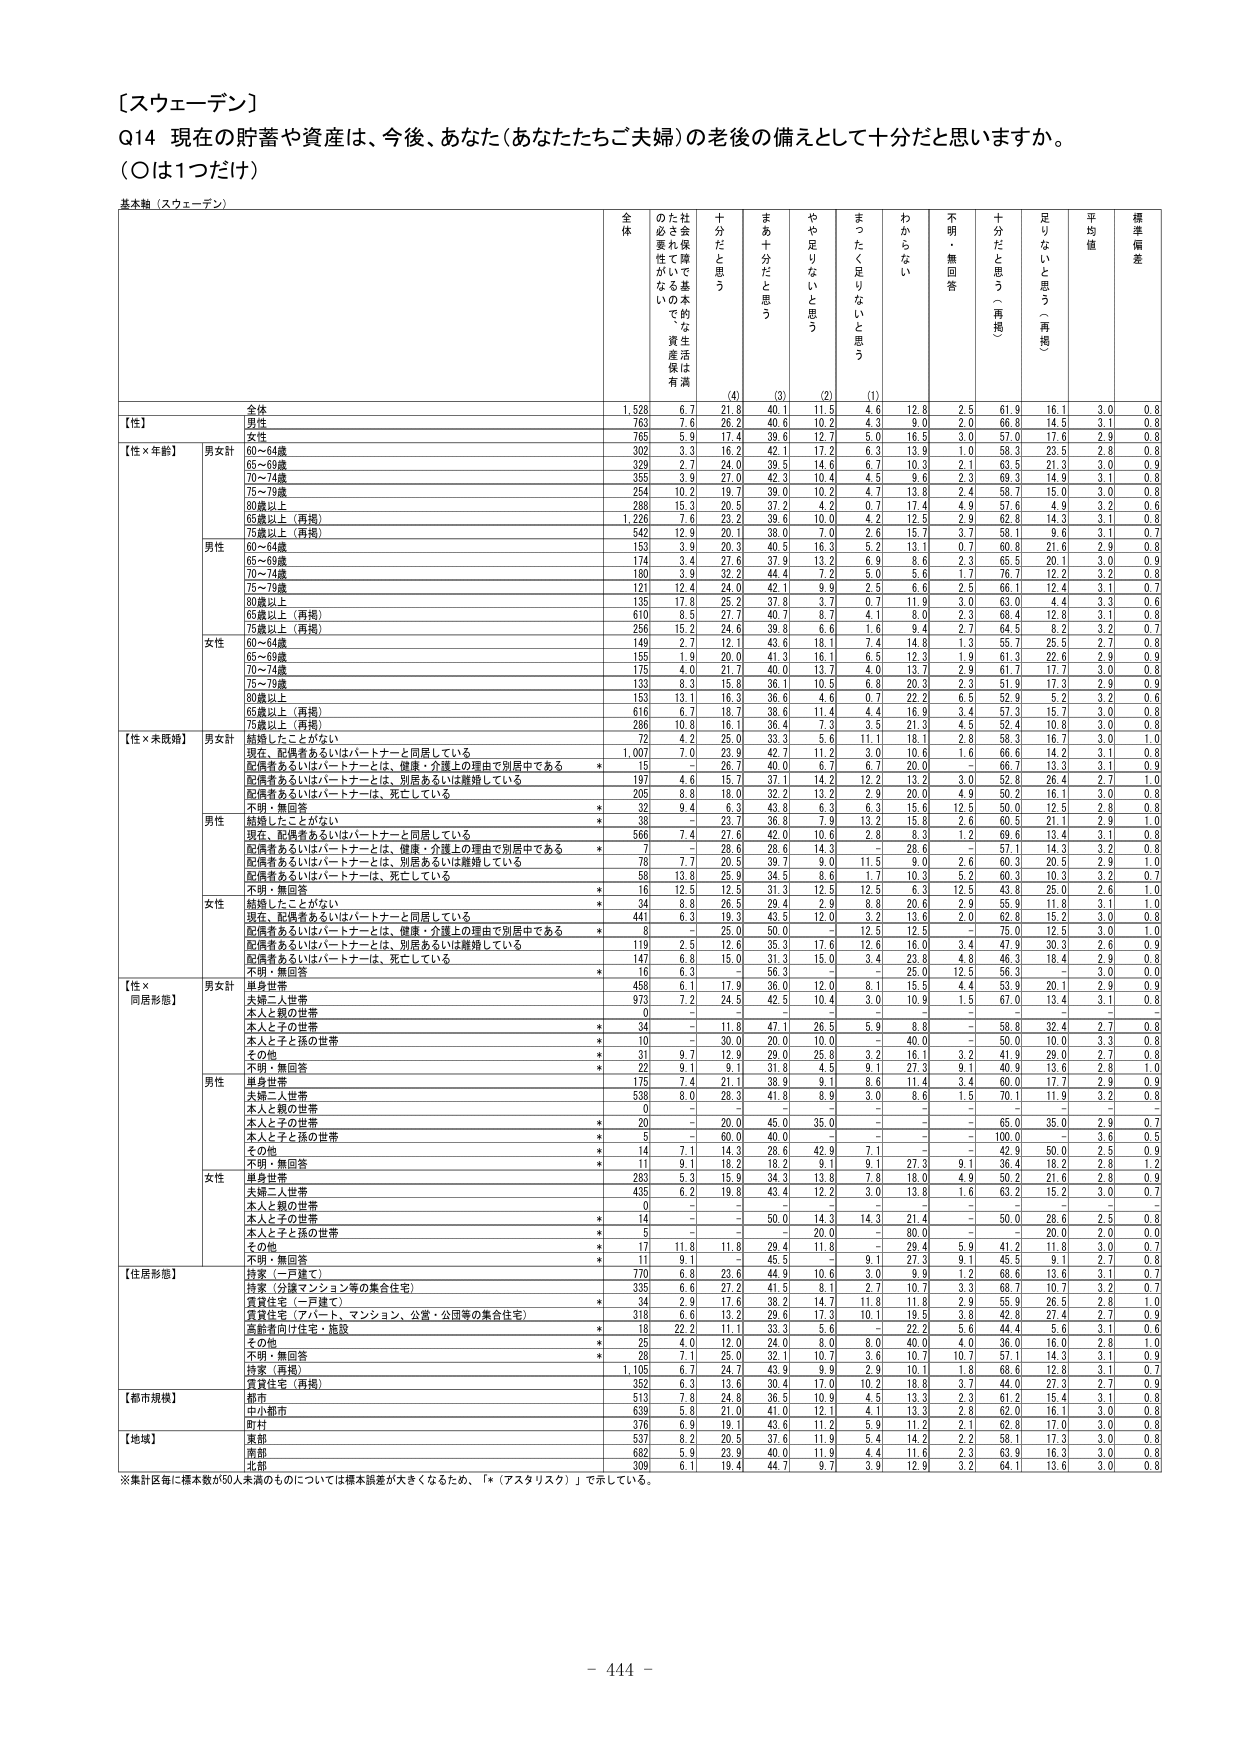
〔スウェーデン〕
Q14 現在の貯蓄や資産は、今後、あなた（あなたたちご夫婦）の老後の備えとして十分だと思いますか。
（○は1つだけ）

基本軸（スウェーデン）

全体
の社会保障で基本的な生活は満たされているため、貯蓄や資産の必要性がない
十分だと思う
まあ十分だと思う
やや足りないと思う
まったく足りないと思う
わからない
不明・無回答
十分だと思う（再掲）
足りないと思う（再掲）
平均値
標準偏差

【性】
全体
1,528
6.7
21.8
40.1
11.5
4.6
12.8
2.5
61.9
16.1
3.0
0.8
男性
763
7.6
26.2
40.6
10.2
4.3
9.0
2.0
66.8
14.5
3.1
0.8
女性
765
5.9
17.4
39.6
12.7
5.0
16.5
3.0
57.0
17.6
2.9
0.8

【性×年齢】
男女計
60～64歳
302
3.3
16.2
42.1
17.2
6.3
13.9
1.0
58.3
23.5
2.8
0.8
65～69歳
329
2.7
24.0
39.5
14.6
6.7
10.3
2.1
63.5
21.3
3.0
0.9
70～74歳
180
3.9
27.0
44.4
7.2
5.0
9.6
2.3
69.3
14.9
3.1
0.8
75～79歳
254
10.2
19.7
39.0
10.2
4.7
13.8
2.4
58.7
15.0
3.0
0.8
80歳以上
288
15.3
20.5
37.2
4.2
0.7
17.4
4.9
57.6
4.9
3.2
0.6
65歳以上（再掲）
1,226
7.6
23.2
39.6
10.0
4.2
12.5
2.9
62.8
14.3
3.1
0.8
75歳以上（再掲）
542
12.9
20.1
38.0
7.0
2.6
15.7
3.7
58.1
9.6
3.1
0.7

男性
60～64歳
153
3.9
20.3
40.5
16.3
5.2
13.1
0.7
60.8
21.6
2.9
0.8
65～69歳
174
3.4
27.6
37.9
13.2
6.9
8.6
2.3
65.5
20.1
3.0
0.9
70～74歳
175
3.9
22.3
40.0
13.7
5.0
5.6
1.7
76.7
12.2
3.2
0.8
75～79歳
121
12.4
24.0
42.1
9.9
2.5
6.6
2.5
66.1
12.4
2.9
0.7
80歳以上
135
17.8
25.2
37.8
3.7
0.7
11.9
3.0
63.0
4.4
3.3
0.6
65歳以上（再掲）
610
8.5
27.7
40.7
8.7
4.1
8.0
2.3
68.4
12.8
3.1
0.8
75歳以上（再掲）
256
15.2
24.6
39.8
6.6
1.6
9.4
2.7
64.5
8.2
3.2
0.7

女性
60～64歳
149
2.7
12.1
43.6
18.1
7.4
14.8
1.3
55.7
25.5
2.7
0.8
65～69歳
155
1.9
20.0
41.3
16.1
6.5
12.3
1.9
61.3
22.6
2.9
0.9
70～74歳
5
4.0
21.7
40.0
13.7
4.0
13.7
2.9
52.8
17.7
3.0
0.8
75～79歳
133
8.3
15.8
36.1
10.5
6.8
20.3
2.3
51.9
17.3
2.9
0.7
80歳以上
153
13.1
16.3
36.6
4.6
0.7
22.2
6.5
52.9
5.2
3.2
0.6
65歳以上（再掲）
616
6.7
18.7
38.6
11.4
4.4
16.9
3.4
57.3
15.7
3.0
0.8
75歳以上（再掲）
286
10.8
16.1
36.4
7.3
3.5
21.3
4.5
52.4
10.8
3.0
0.8

【性×未婚婚】
男女計
結婚したことがない
72
4.2
25.0
33.3
5.6
11.1
18.1
2.8
58.3
16.7
3.0
1.0
現在、配偶者あるいはパートナーと同居している
1,007
7.0
23.9
42.7
11.2
3.0
10.6
1.6
66.6
14.2
3.1
0.8
配偶者あるいはパートナーとは、健康・介護上の理由で別居中である
*
15
－
26.7
40.0
6.7
6.7
20.0
－
66.7
23.3
3.1
0.9
配偶者あるいはパートナーとは、別居あるいは離婚している
197
4.6
15.7
37.1
14.2
12.2
13.2
3.0
52.8
26.4
2.7
1.0
配偶者あるいはパートナーは、死亡している
205
8.8
18.0
32.2
13.2
2.9
20.0
4.9
50.2
16.1
3.0
0.8
不明・無回答
*
32
9.4
6.3
43.8
6.3
6.3
15.6
12.5
50.0
12.5
2.8
0.8

男性
結婚したことがない
*
38
－
23.7
36.8
7.9
13.2
15.8
2.6
60.5
21.1
2.9
1.0
現在、配偶者あるいはパートナーと同居している
566
7.4
27.6
42.0
10.6
2.8
8.3
1.2
69.6
13.4
3.1
0.8
配偶者あるいはパートナーとは、健康・介護上の理由で別居中である
*
7
－
28.6
28.6
14.3
－
28.6
－
57.1
14.3
3.2
0.8
配偶者あるいはパートナーとは、別居あるいは離婚している
78
7.7
20.5
39.7
9.0
11.5
9.0
2.6
60.3
20.5
2.9
1.0
配偶者あるいはパートナーは、死亡している
58
13.8
25.9
34.5
8.6
1.7
10.3
5.2
52.8
12.3
3.0
0.7
不明・無回答
*
16
12.5
12.5
31.3
12.5
12.5
6.3
12.5
43.8
25.0
2.6
1.0

女性
結婚したことがない
*
34
8.8
26.5
29.4
2.9
8.8
20.6
2.9
55.9
11.8
3.1
1.0
現在、配偶者あるいはパートナーと同居している
441
6.3
19.3
43.5
12.0
3.2
13.6
2.0
62.8
15.2
3.0
0.8
配偶者あるいはパートナーとは、健康・介護上の理由で別居中である
*
8
－
25.0
50.0
－
12.5
12.5
－
75.0
12.5
3.0
1.0
配偶者あるいはパートナーとは、別居あるいは離婚している
119
2.5
12.6
35.3
17.6
12.6
16.0
3.4
47.9
30.3
2.6
0.9
配偶者あるいはパートナーは、死亡している
147
6.8
15.0
31.3
15.0
3.4
23.8
4.8
46.3
18.4
2.9
0.8
不明・無回答
*
16
9.3
－
56.3
－
25.0
12.5
－
56.3
25.0
2.6
0.9

【性×同居形態】
男女計
夫婦二人世帯
973
7.2
24.5
42.5
10.4
3.0
10.9
1.5
67.0
13.4
3.1
0.8
本人と親の世帯
0
－
－
－
－
－
－
－
－
－
－
－
本人と子の世帯
*
34
－
11.8
47.1
26.5
5.9
8.8
－
58.8
32.4
2.7
0.8
本人と子と孫の世帯
*
10
－
30.0
20.0
10.0
－
40.0
－
50.0
10.0
3.3
0.8
その他
*
31
9.7
12.9
29.0
25.8
3.2
16.1
3.2
41.9
29.0
2.7
0.8
不明・無回答
*
22
8.1
9.1
31.8
4.5
9.1
27.9
9.1
40.9
13.6
2.8
1.0
単身世帯
175
7.4
21.1
38.9
9.1
8.6
11.4
3.4
60.0
17.7
2.9
0.9

男性
夫婦二人世帯
538
8.0
28.3
41.8
8.9
3.0
8.6
1.5
70.1
11.9
3.2
0.8
本人と親の世帯
0
－
－
－
－
－
－
－
－
－
－
－
本人と子の世帯
*
20
－
20.0
45.0
35.0
－
－
－
65.0
35.0
2.9
0.7
本人と子と孫の世帯
*
5
－
60.0
40.0
－
－
－
－
100.0
－
3.6
0.5
その他
*
14
7.1
14.3
28.6
42.9
7.1
－
－
42.9
50.0
2.5
0.9
不明・無回答
*
11
9.1
18.2
18.2
9.1
9.1
27.3
9.1
36.4
18.2
2.8
1.2
単身世帯
283
5.3
15.9
34.3
13.8
7.8
18.0
4.9
50.2
21.6
2.8
0.9

女性
夫婦二人世帯
435
6.2
19.8
43.4
12.2
3.0
13.8
1.6
63.2
15.2
3.0
0.7
本人と親の世帯
0
－
－
－
－
－
－
－
－
－
－
－
本人と子の世帯
*
14
－
－
50.0
14.3
14.3
21.4
－
50.0
28.6
2.5
0.8
本人と子と孫の世帯
*
5
－
－
20.0
－
－
80.0
－
－
20.0
2.0
0.0
その他
*
17
11.8
11.8
29.4
11.8
－
29.4
5.9
41.2
11.8
3.0
0.7
不明・無回答
*
11
9.1
－
45.5
－
9.1
27.3
9.1
45.5
9.1
2.7
0.8
単身世帯
*
34
2.9
17.6
38.2
14.7
11.8
11.8
2.9
55.9
26.5
2.8
1.0
貸家（アパート、マンション、公営・公団等の集合住宅）
318
6.6
13.2
29.6
17.3
10.1
19.5
3.8
42.8
27.4
2.7
0.9
高齢者向け住宅・施設
*
18
22.2
11.1
33.3
5.6
－
22.2
5.6
44.4
5.6
3.1
0.6
その他
*
25
4.0
12.0
24.0
8.0
8.0
40.0
4.0
36.0
16.0
2.8
1.0
不明・無回答
*
28
7.1
25.0
32.1
10.7
3.6
10.7
10.7
37.1
14.3
3.1
0.9

【住居形態】
持家（一戸建て）
770
6.8
23.6
44.9
10.6
3.0
9.9
1.2
68.5
13.6
3.1
0.7
持家（分譲マンション等の集合住宅）
335
6.6
27.2
41.5
8.1
2.7
10.7
3.3
68.7
10.7
3.2
0.7
貸家（一戸建て）
*
34
2.9
17.6
38.2
14.7
11.8
11.8
2.9
55.9
26.5
2.8
1.0
貸家（アパート、マンション、公営・公団等の集合住宅）
318
6.6
13.2
29.6
17.3
10.1
19.5
3.8
42.8
27.4
2.7
0.9
高齢者向け住宅・施設
*
18
22.2
11.1
33.3
5.6
－
22.2
5.6
44.4
5.6
3.1
0.6
その他
*
25
4.0
12.0
24.0
8.0
8.0
40.0
4.0
36.0
16.0
2.8
1.0
不明・無回答
*
28
7.1
25.0
32.1
10.7
3.6
10.7
10.7
37.1
14.3
3.1
0.9

【都市規模】
特区（首都）
1,105
6.7
24.1
43.9
9.9
2.9
10.1
1.9
68.0
13.1
3.1
0.7
貸家住宅（再掲）
352
6.3
13.6
30.4
17.0
10.2
18.8
3.7
44.0
27.3
2.7
0.9

都市
513
7.8
24.8
36.5
10.9
4.5
13.3
2.3
61.2
15.4
3.1
0.8
中小都市
639
5.8
21.0
41.0
12.1
4.1
13.3
2.8
62.0
16.1
3.0
0.8
町村
376
6.9
19.1
43.6
11.2
5.9
11.2
2.1
62.8
17.0
3.0
0.8

【地域】
東部
537
8.2
20.5
37.6
11.9
5.4
14.2
2.2
58.1
17.3
3.0
0.8
南部
682
5.9
23.9
40.0
11.9
4.4
11.6
2.3
63.9
16.3
3.0
0.8
北部
309
6.1
19.4
44.7
9.7
3.9
12.9
3.2
64.1
13.6
3.0
0.8

※集計区毎に標本数が50人未満のものについては標準誤差が大きくなるため、「*（アスタリスク）」で示している。

－ 444 －